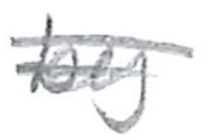
Text: by
Cross-out: double-line
Writing tool: pencil